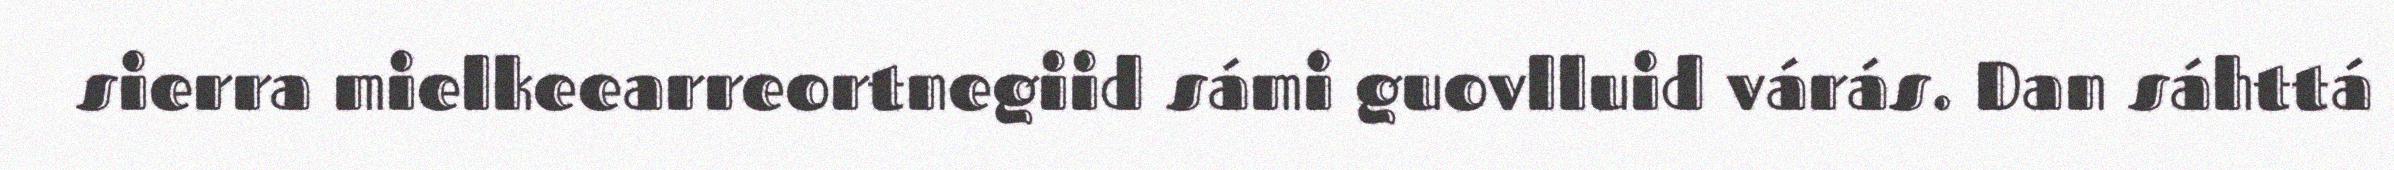
sierra mielkeearreortnegiid sámi guovlluid várás. Dan sáhttá